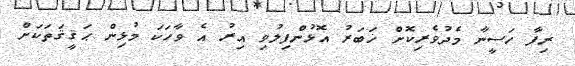
ރިފާ ހަސީނާ މެދުވެރިކޮށް ޚަބަރު އޮޅުންފިލުވި އިރު އެ ވާހަކަ މުޅިން ޙަޤީޤަތަކަށް